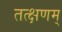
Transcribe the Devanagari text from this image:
तत्क्षणम्